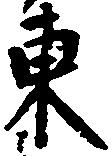
東